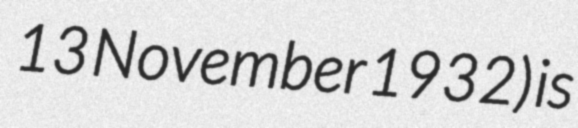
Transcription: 13 November 1932) is